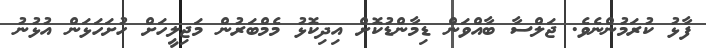
ފާޅު ކުރަމުންނެވެ. ޖަލްސާ ބާއްވަން ޑިމާންޑުކޮށް އިދިކޮޅު މެމްބަރުން މަޖިލީހަށް ހުށަހަޅަން އުޅުނު